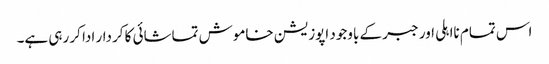
اس تمام نااہلی اور جبر کے باوجود اپوزیشن خاموش تماشائی کا کردار ادا کر رہی ہے۔